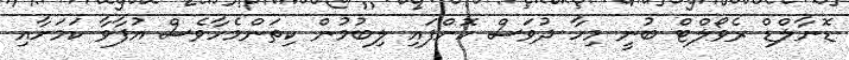
ޑޮނާލްޑް ރެވޯލްޓް ބުނީ މިހާ ދުވަސް ކޮށްފައި ލިބުމުން ކިތަންމެހާވެސް އުފާވާ ކަމަށާއި